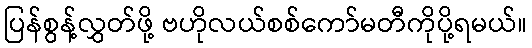
ပြန်စွန့်လွှတ်ဖို့ ဗဟိုလယ်စစ်ကော်မတီကိုပို့ရမယ်။